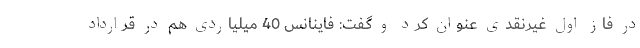
در فاز اول غیرنقدی عنوان کرد و گفت: فاینانس 40 میلیاردی هم در قرارداد